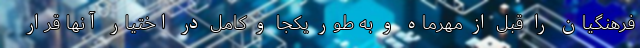
فرهنگیان را قبل از مهرماه و به طور یکجا و کامل در اختیار آنها قرار